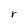
Character: r